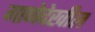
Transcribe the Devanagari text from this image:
गाणेदेखील